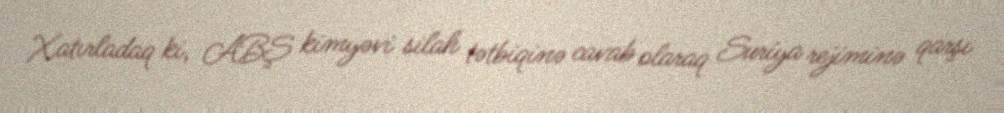
Xatırladaq ki, ABŞ kimyəvi silah tətbiqinə cavab olaraq Suriya rejiminə qarşı